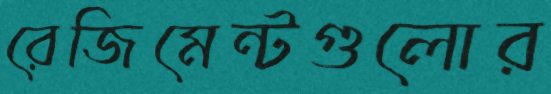
রেজিমেন্টগুলোর